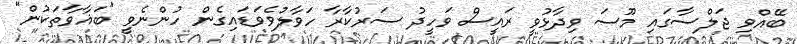
ބޭއްވި ޖަލްސާގައި މޫސަ ވިދާޅުވީ ރައީސް ވަހީދު ސަރުކާރާ ހަވާލުވެވަޑައިގެން ހުންނެވީ "ބަޣާވާތަކުން"